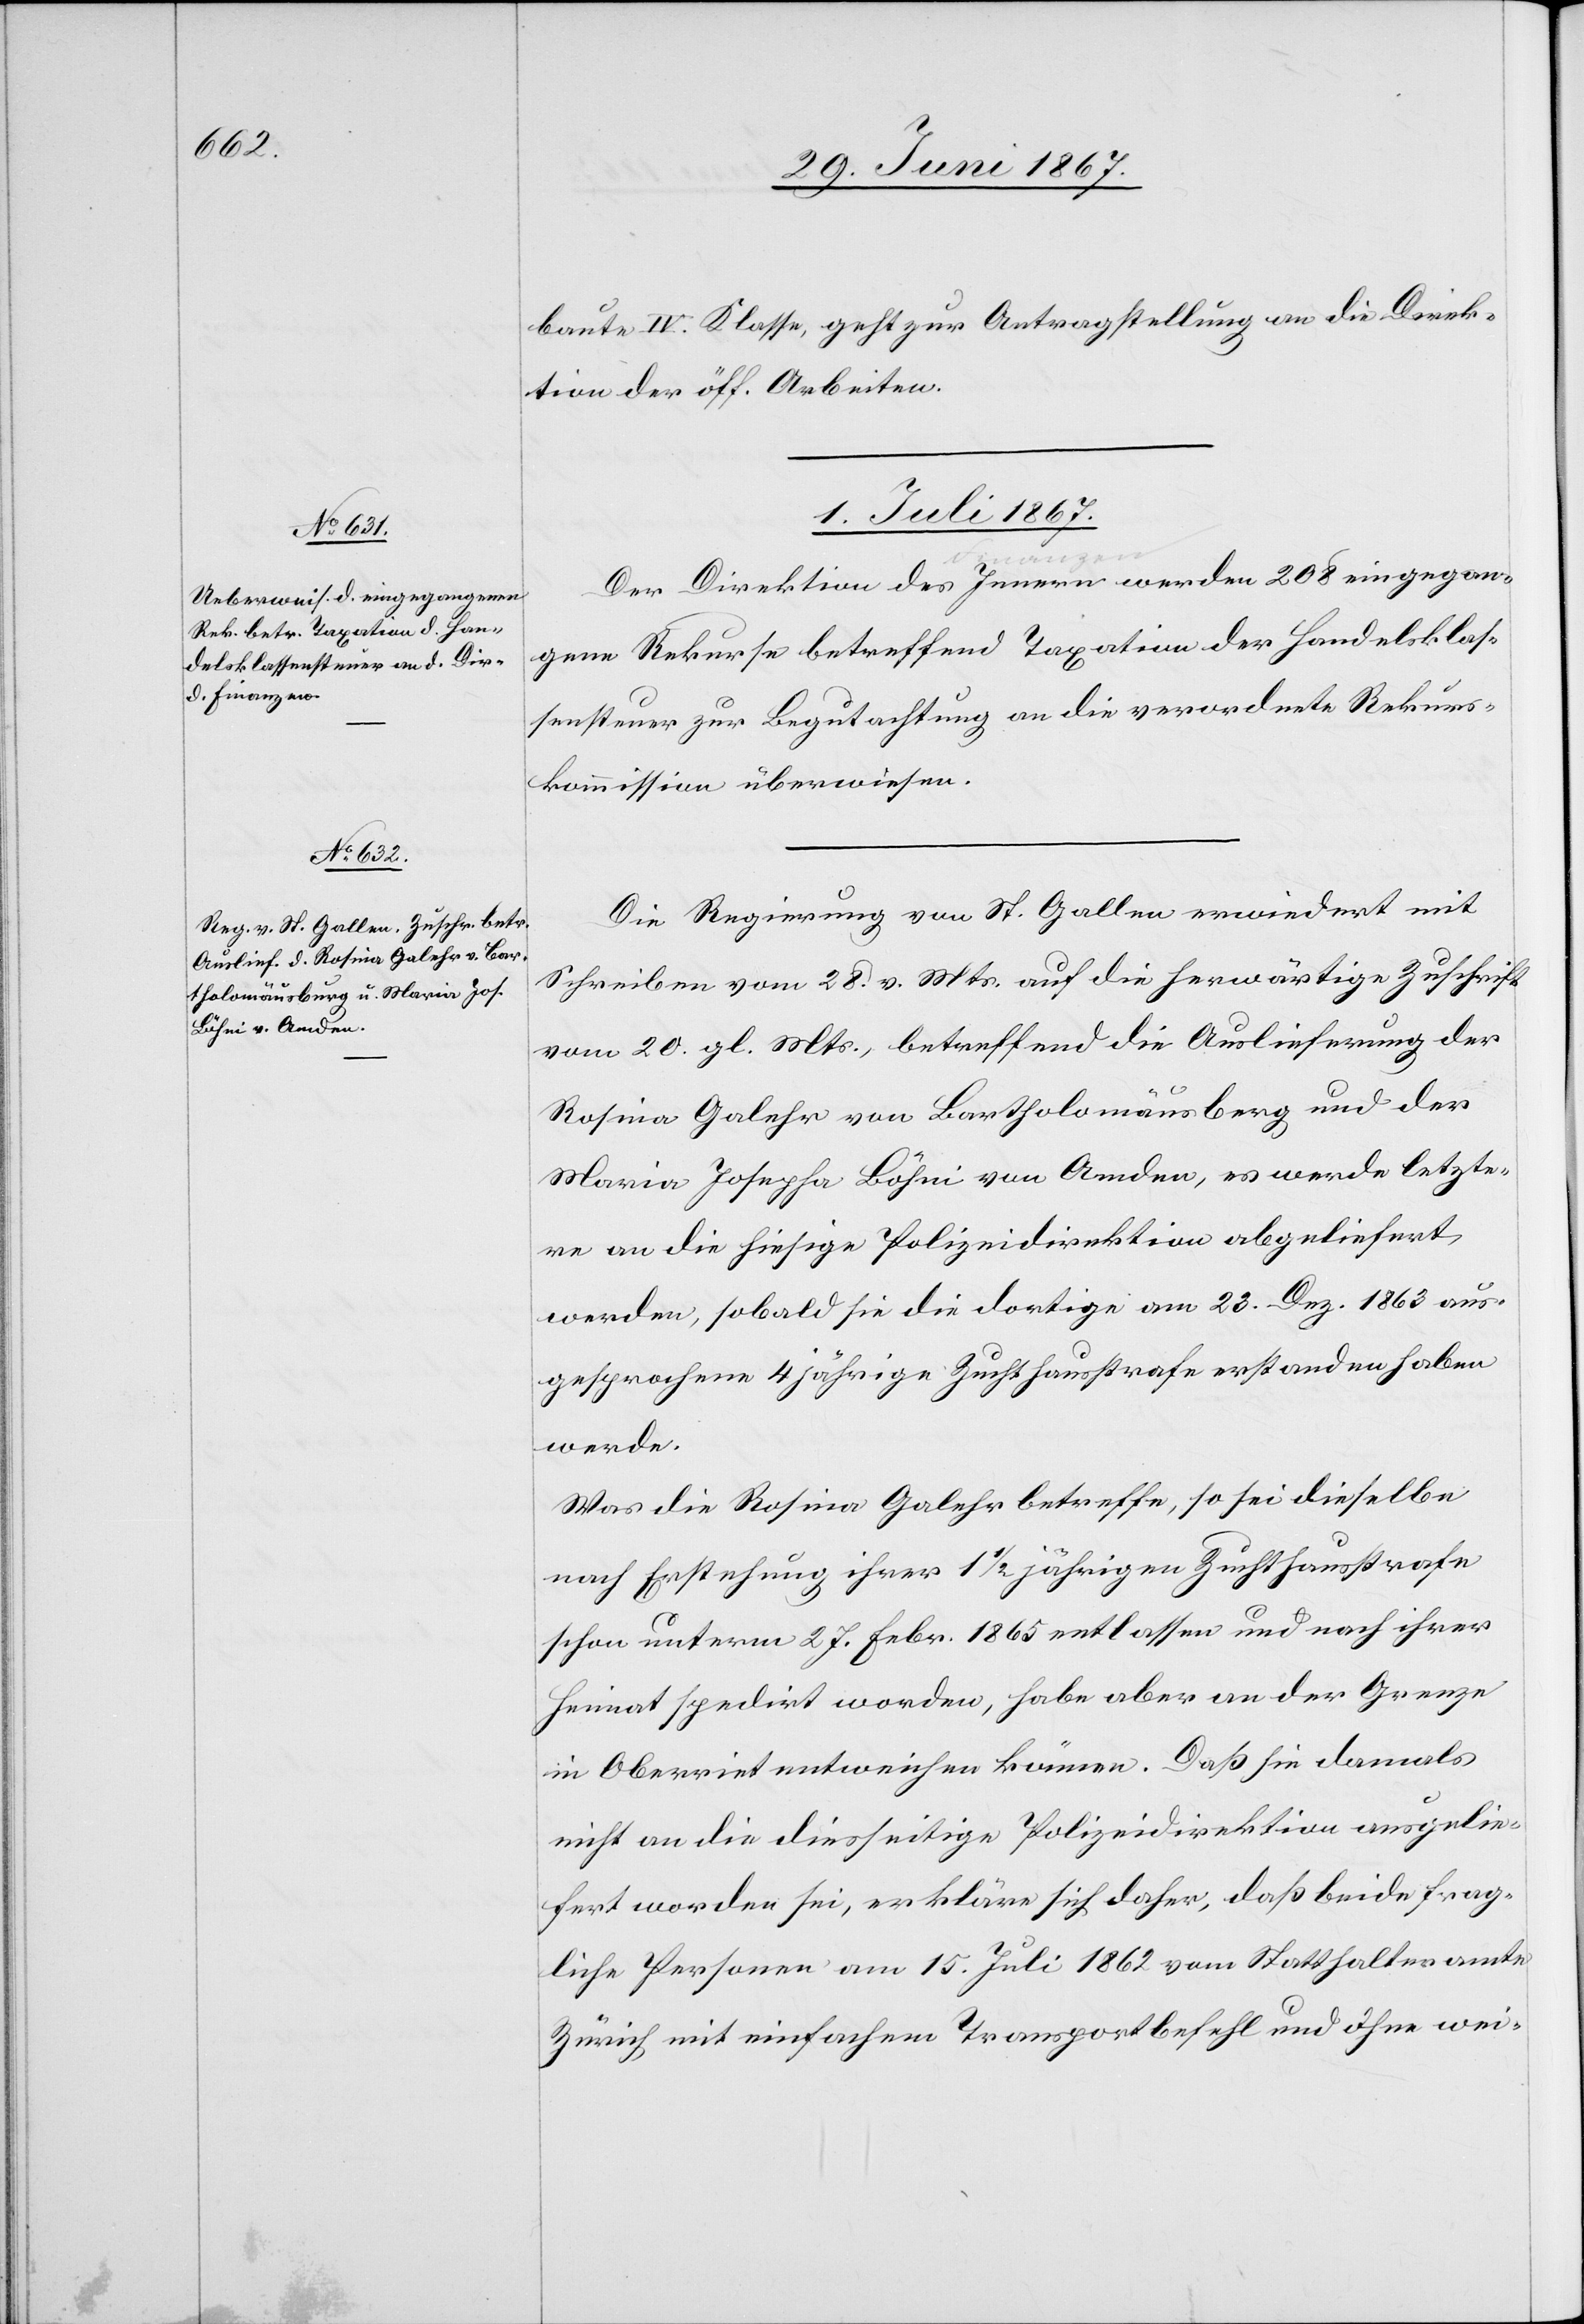
baute IV. Klasse, geht zur Antragstellung an die Direk¬
tion der öff. Arbeiten.
1. Juli 1867.]
an¬
eingeg¬
gene Rekurse betreffend Taxation der Handelsklas¬
sensteuer zur Begutachtung an die verordnete Rekurs¬
kommission überwiesen.
Die Regierung von St. Gallen erwiedert mit
Schreiben vom 28. v. Mts. auf die herwärtige Zuschrift
vom 20. gl. Mts., betreffend die Auslieferung der
Rosina Galehr von Bartholomäusburg und der
Maria Josepha Böhni von Amden, es werde letzte¬
re an die hiesige Polizeidirektion abgeliefert
werden, sobald sie die dortige am 23. Dez. 1863 aus¬
gesprochene 4 jährige Zuchthausstrafe erstanden haben
werde.
Was die Rosina Galehr betreffe, so sei dieselbe
nach Erstehung ihrer 1 1/2 jährigen Zuchthausstrafe
schon unterm 27. Febr. 1865 entlassen und nach ihrer
Heimat spedirt worden, habe aber an der Grenze
in Oberriet entweichen können. Daß sie damals
nicht an die diesseitige Polizeidirektion ausgelie¬
fert worden sei, erkläre sich daher, daß beide frag¬
liche Personen am 15. Juli 1862 vom Statthalteramte
Zürich mit einfachem Transportbefehl und ohne wei-